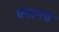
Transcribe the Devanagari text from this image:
चयापच